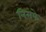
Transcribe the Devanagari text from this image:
निसफे